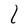
Character: I